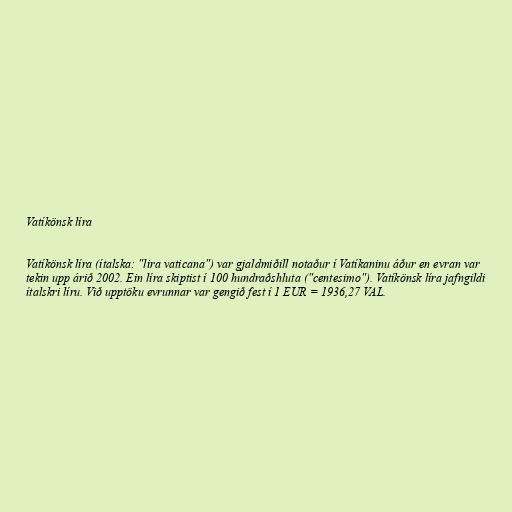
Vatíkönsk líra

Vatíkönsk líra (ítalska: "lira vaticana") var gjaldmiðill notaður í Vatíkaninu áður en evran var
tekin upp árið 2002. Ein líra skiptist í 100 hundraðshluta ("centesimo"). Vatíkönsk líra jafngildi
ítalskri líru. Við upptöku evrunnar var gengið fest í 1 EUR = 1936,27 VAL.